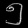
Digit: ၅